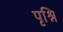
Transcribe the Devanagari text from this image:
पृश्नि